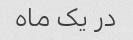
در یک ماه